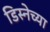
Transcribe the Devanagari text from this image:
डिस्नेच्या